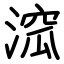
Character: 溛